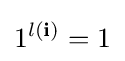
1^{l(\mathbf {i} )}=1